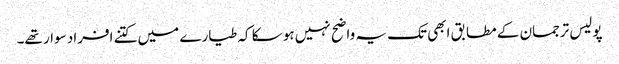
پولیس ترجمان کے مطابق ابھی تک یہ واضح نہیں ہو سکا کہ طیارے میں کتنے افراد سوار تھے۔